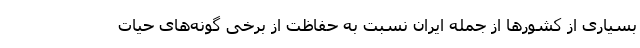
بسیاری از کشورها از جمله ایران نسبت به حفاظت از برخی گونه‌های حیات